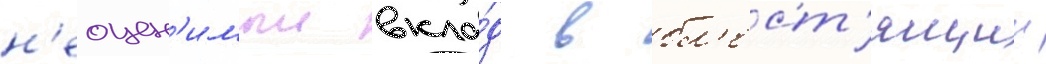
н'еоцен'имыи вкла́д в бл'ест'ящии